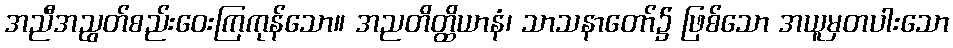
အညီအညွတ်စည်းဝေးကြကုန်သော။ အညတိတ္ထိယာနံ၊ သာသနာတော်၌ ဖြစ်သော အယူမှတပါးသော